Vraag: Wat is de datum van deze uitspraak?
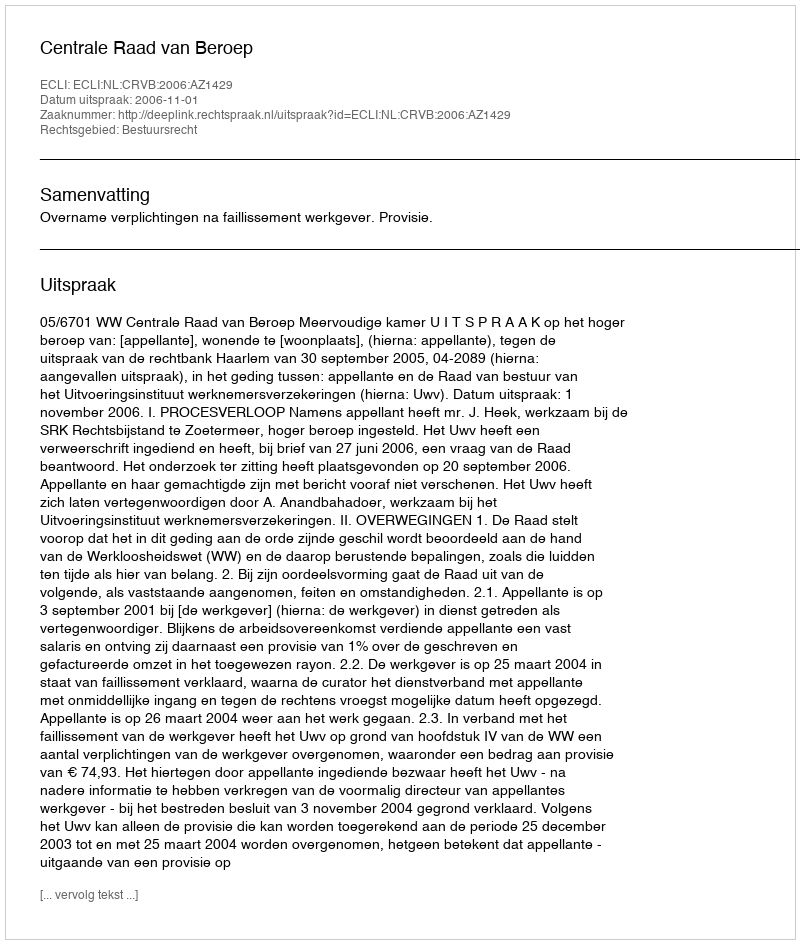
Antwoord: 2006-11-01